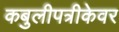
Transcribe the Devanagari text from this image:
कबुलीपत्रीकेवर